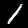
Label: 1